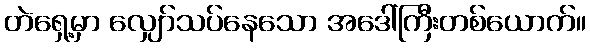
တဲရှေ့မှာ လျှော်သပ်နေသော အဒေါ်ကြီးတစ်ယောက်။